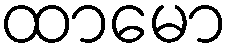
ထာမော